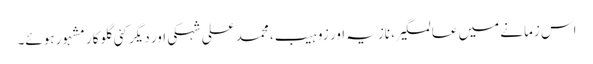
اس زمانے میں عالمگیر، نازیہ اور زوہیب، محمد علی شہکی اور دیگر کئی گلوکار مشہور ہوئے۔